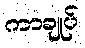
ကာချုပ်